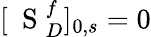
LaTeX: [\mathrm{~\mathbf~S~}_{D}^{f}]_{0,s}=0